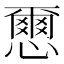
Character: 𢣭